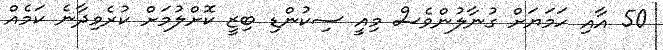
50 އާއި ހަމަޔަށް ގުނާލުންވެސް މިއީ ސިކުންޑި ބިޒީ ކޮށްލުމަށް ކުރެވިދާނެ ކަމެއް